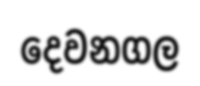
දෙවනගල